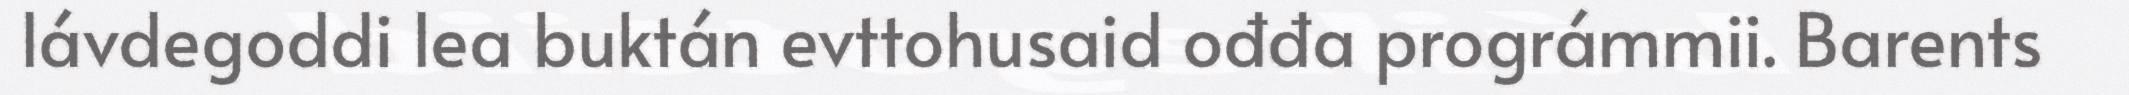
lávdegoddi lea buktán evttohusaid ođđa prográmmii. Barents